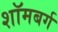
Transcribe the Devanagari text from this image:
शॉमबर्ग